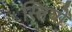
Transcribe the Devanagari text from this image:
स्‍त्रियों